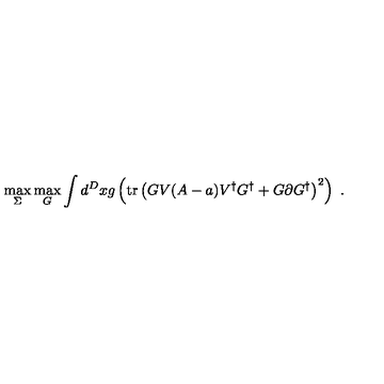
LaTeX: \max _ { \Sigma } \max _ { G } \int d ^ { D } x g \left( \mathrm { t r } \left( G V ( A - a ) V ^ { \dagger } G ^ { \dagger } + G \partial G ^ { \dagger } \right) ^ { 2 } \right) \ .